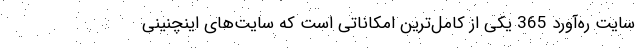
سایت ره‌آورد 365 یکی از کامل‌ترین امکاناتی است که سایت‌های اینچنینی